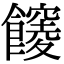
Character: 𩟒